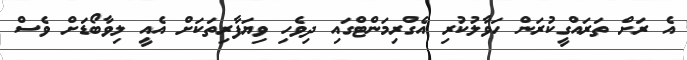
އެ ރަށް ތަރައްގީކުރަން ހަވާލުކުރި އެގްރިމަންޓްގައި ދިވެހި ވިޔަފާރިތަކަށް އެއީ ލިވާބޯޑަށް ވެސް